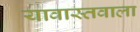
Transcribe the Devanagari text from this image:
यावास्तवाला